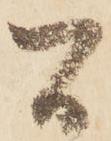
間